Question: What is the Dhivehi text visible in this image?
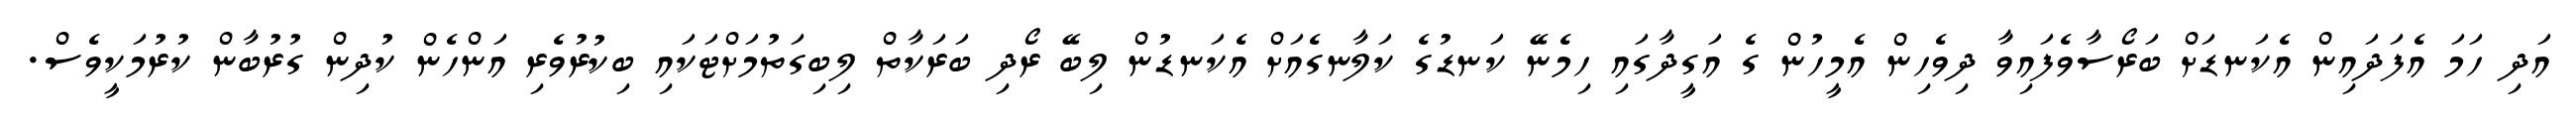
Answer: އަދި ހަމަ އެފަދައިން އެކަނޑަށް ބަރޯސާވެފައިވާ ދިވެހިން އެމީހުން ގެ އަގީދާގައި ހިމެނޭ ކަނޑުގެ ކަލާނގެއަށް އެކަނޑުން ލިބޭ ރޯދި ބަރަކާތް ލިބިގަތުމަށްޓަކައި ބިކުރުވެރި އަންހެން ކުދިން ގުރުބާން ކުރުމަކީވެސް.